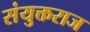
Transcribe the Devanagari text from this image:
संयुक्तराज